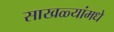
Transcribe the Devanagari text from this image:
साखळ्यांमधे